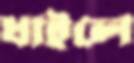
ধাইলে